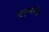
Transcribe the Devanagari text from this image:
मनुचरित्र